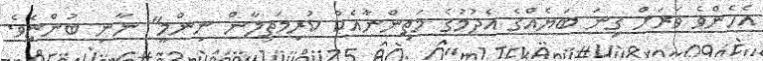
އެހެންވެ ވަރަށް ގިނަ ބަޔެއްގެ އެދުމުގެ މަތިންނާއެކު ކުރިމަތިލާން ނިންމީ" ނާނި ބުންޏެވެ.